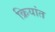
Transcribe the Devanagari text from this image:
क्रियांत